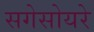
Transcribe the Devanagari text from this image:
सगेसोयरे